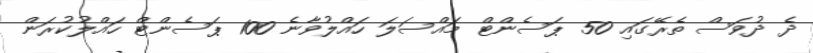
ދެ ދުވަސް ތެރޭގައި 50 ޕަސެންޓް މައްސަލަ ހައްލުވާނެ 100 ޕަސެންޓް ހައްލުކުރަން